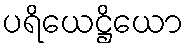
ပရိယေဋ္ဌိယော